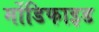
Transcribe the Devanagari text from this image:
र्मोडिफाइड